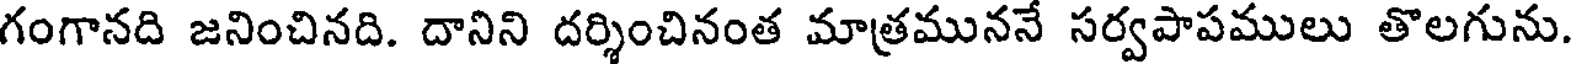
గంగానది జనించినది. దానిని దర్శించినంత మాత్రముననే సర్వపాపములు తొలగును.